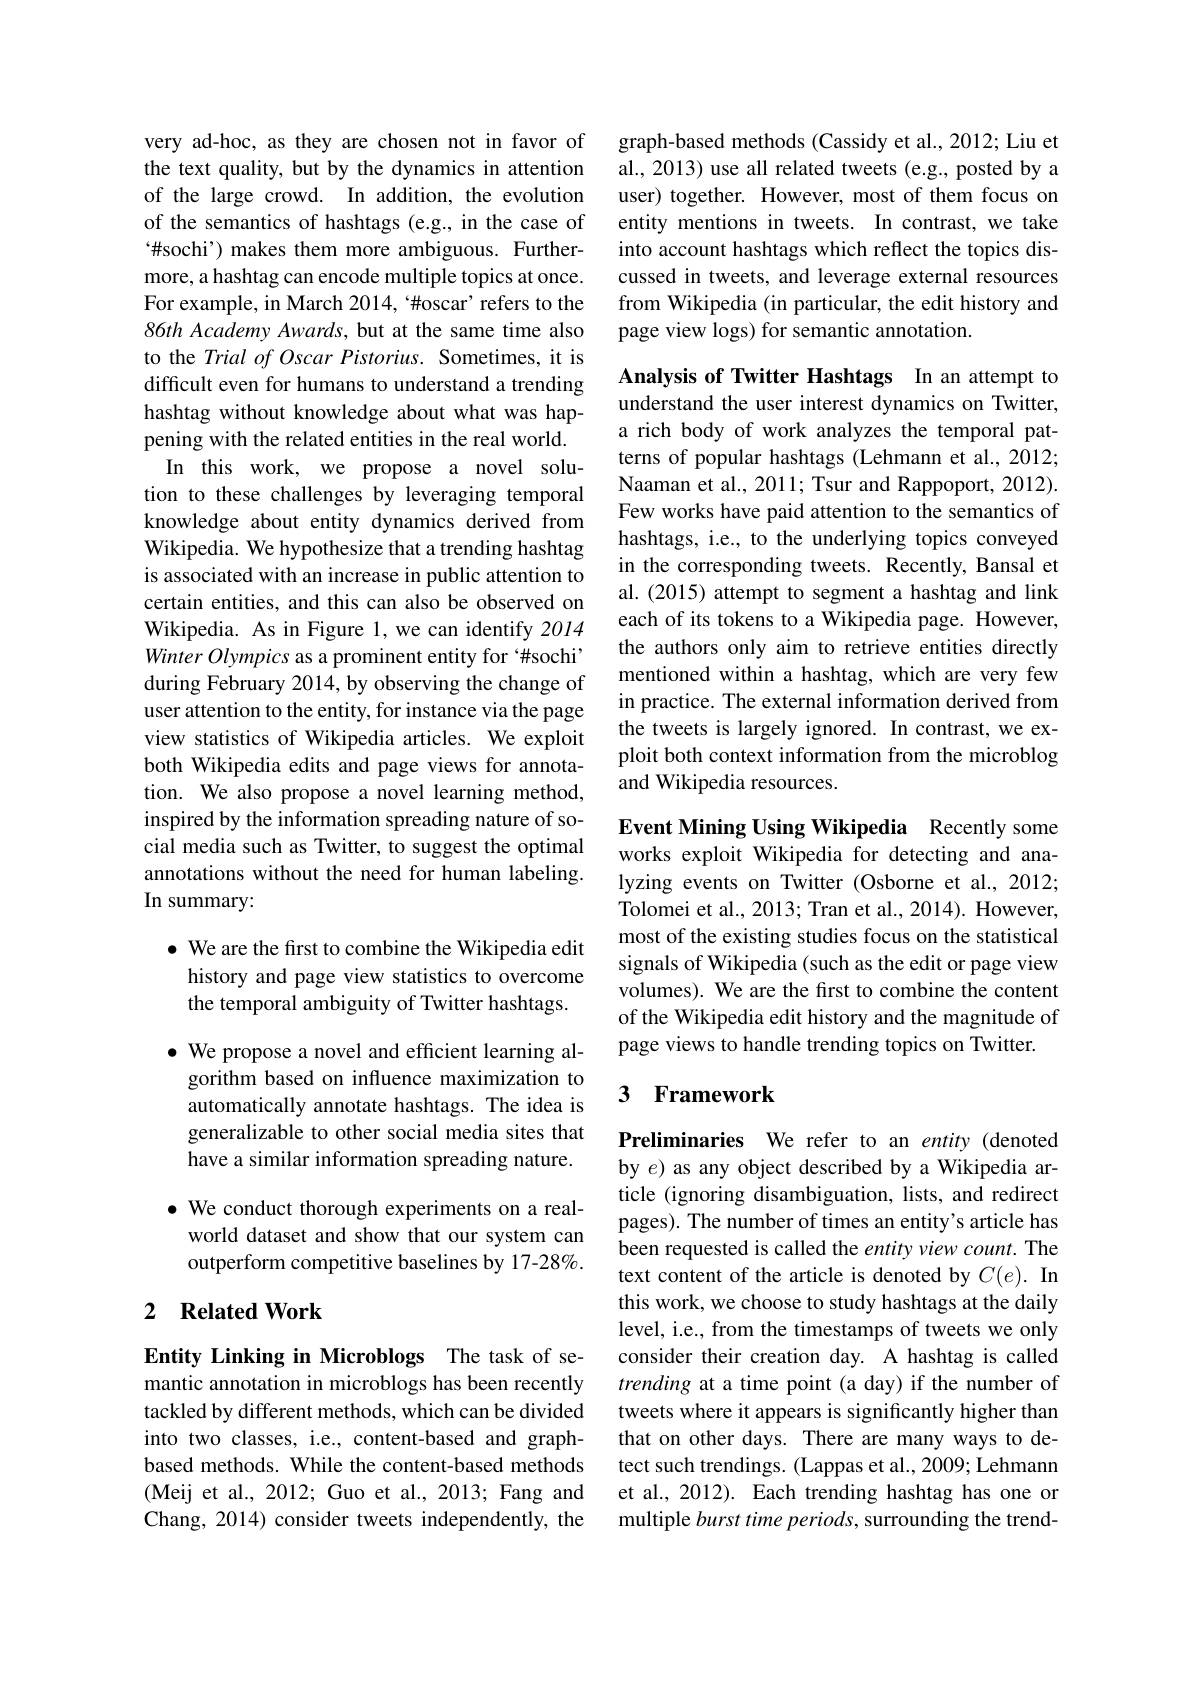
very ad-hoc, as they are chosen not in favor of the text quality, but by the dynamics in attention of the large crowd. In addition, the evolution of the semantics of hashtags (e.g., in the case of “#sochi’) makes them more ambiguous. Furthermore, a hashtag can encode multiple topics at once. For example, in March 2014,“#oscar’ refers to the 86th Academy Awards, but at the same time also to the Trial of Oscar Pistorius. Sometimes, it is difficult even for humans to understand a trending hashtag without knowledge about what was happening with the related entities in the real world.
In this work, we propose a novel solution to these challenges by leveraging temporal knowledge about entity dynamics derived from Wikipedia. We hypothesize that a trending hashtag is associated with an increase in public attention to certain entities, and this can also be observed on Wikipedia. As in Figure 1, we can identify 2014 Winter Olympics as a prominent entity for ‘#sochi’ during February 2014, by observing the change of user attention to the entity, for instance via the page view statistics of Wikipedia articles. We exploit both Wikipedia edits and page views for annotation. We also propose a novel learning method, inspired by the information spreading nature of social media such as Twitter, to suggest the optimal annotations without the need for human labeling. In summary:

$\bullet$ We are the first to combine the Wikipedia edit history and page view statistics to overcome the temporal ambiguity of Twitter hashtags.

$\bullet$ We propose a novel and efficient learning algorithm based on influence maximization to automatically annotate hashtags. The idea is generalizable to other social media sites that have a similar information spreading nature.
$\bullet$ We conduct thorough experiments on a real-
world dataset and show that our system can outperform competitive baselines by 17-28%.

## 2 Related Work

Entity Linking in Microblogs The task of semantic annotation in microblogs has been recently tackled by different methods, which can be divided into two classes, i.e., content-based and graphbased methods. While the content-based methods ( Meij et al. , 2012; Guo et al. , 2013; Fang and Chang, 2014) consider tweets independently, the

graph-based methods (Cassidy et al., 2012; Liu et al., 2013) use all related tweets (e.g., posted by a user) together. However, most of them focus on entity mentions in tweets. In contrast, we take into account hashtags which reflect the topics discussed in tweets, and leverage external resources from Wikipedia (in particular, the edit history and page view logs) for semantic annotation.

Analysis of Twitter Hashtags In an attempt to understand the user interest dynamics on Twitter, a rich body of work analyzes the temporal patterns of popular hashtags (Lehmann et al., 2012; Naaman et al., 2011; Tsur and Rappoport, 2012). Few works have paid attention to the semantics of hashtags, i.e., to the underlying topics conveyed in the corresponding tweets. Recently, Bansal et al.(2015) attempt to segment a hashtag and link each of its tokens to a Wikipedia page. However, the authors only aim to retrieve entities directly mentioned within a hashtag, which are very few in practice. The external information derived from the tweets is largely ignored. In contrast, we exploit both context information from the microblog and Wikipedia resources.

Event Mining Using Wikipedia Recently some works exploit Wikipedia for detecting and analyzing events on Twitter (Osborne et al., 2012; Tolomei et al., 2013; Tran et al., 2014). However, most of the existing studies focus on the statistical signals of Wikipedia (such as the edit or page view volumes). We are the first to combine the content of the Wikipedia edit history and the magnitude of page views to handle trending topics on Twitter.

## 3 Framework

Preliminaries We refer to an entity (denoted by $e$) as any object described by a Wikipedia article (ignoring disambiguation, lists, and redirect pages). The number of times an entity's article has been requested is called the entity view count. The text content of the article is denoted by $C(e).$ In this work, we choose to study hashtags at the daily level, i.e., from the timestamps of tweets we only consider their creation day. A hashtag is called trending at a time point (a day) if the number of tweets where it appears is significantly higher than that on other days. There are many ways to detect such trendings. (Lappas et al., 2009; Lehmann et al., 2012). Each trending hashtag has one or multiple burst time periods, surrounding the trend-